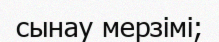
сынау мерзімі;